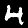
Label: 4